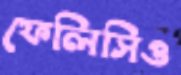
ফেলিসিও